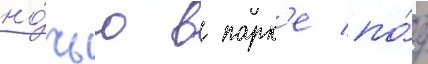
но́чью в парк'е по́д